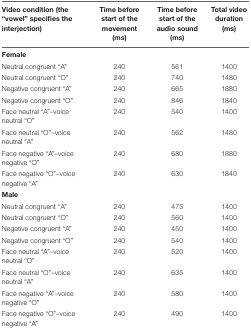
<table><thead><tr><td><b>Video condition (the “vowel” specifies the interjection)</b></td><td><b>Time before start of the movement (ms)</b></td><td><b>Time before start of the audio sound (ms)</b></td><td><b>Total video duration (ms)</b></td></tr></thead><tbody><tr><td colspan="4"><b>Female</b></td></tr><tr><td>Neutralcongruent “A”</td><td>240</td><td>561</td><td>1400</td></tr><tr><td>Neutral congruent “O”</td><td>240</td><td>740</td><td>1480</td></tr><tr><td>Negative congruent “A”</td><td>240</td><td>665</td><td>1880</td></tr><tr><td>Negative congruent “O”</td><td>240</td><td>846</td><td>1840</td></tr><tr><td>Face neutral “A”–voice neutral “O”</td><td>240</td><td>540</td><td>1400</td></tr><tr><td>Face neutral “O”–voice neutral “A”</td><td>240</td><td>562</td><td>1480</td></tr><tr><td>Face negative “A”–voice negative “O”</td><td>240</td><td>680</td><td>1880</td></tr><tr><td>Face negative “O”–voice negative “A”</td><td>240</td><td>630</td><td>1840</td></tr><tr><td colspan="4"><b>Male</b></td></tr><tr><td>Neutral congruent “A”</td><td>240</td><td>475</td><td>1400</td></tr><tr><td>Neutral congruent “O”</td><td>240</td><td>560</td><td>1400</td></tr><tr><td>Negative congruent “A”</td><td>240</td><td>450</td><td>1400</td></tr><tr><td>Negative congruent “O”</td><td>240</td><td>540</td><td>1400</td></tr><tr><td>Face neutral “A”–voice neutral “O”</td><td>240</td><td>520</td><td>1400</td></tr><tr><td>Face neutral “O”–voice neutral “A”</td><td>240</td><td>635</td><td>1400</td></tr><tr><td>Face negative “A”–voice negative “O”</td><td>240</td><td>580</td><td>1400</td></tr><tr><td>Face negative “O”–voice negative “A”</td><td>240</td><td>490</td><td>1400</td></tr></tbody></table>